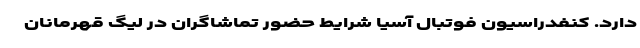
دارد. کنفدراسیون فوتبال آسیا شرایط حضور تماشاگران در لیگ قهرمانان